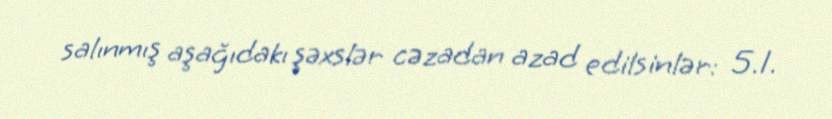
salınmış aşağıdakı şəxslər cəzadan azad edilsinlər: 5.1.